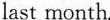
last month.